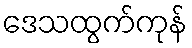
ဒေသထွက်ကုန်